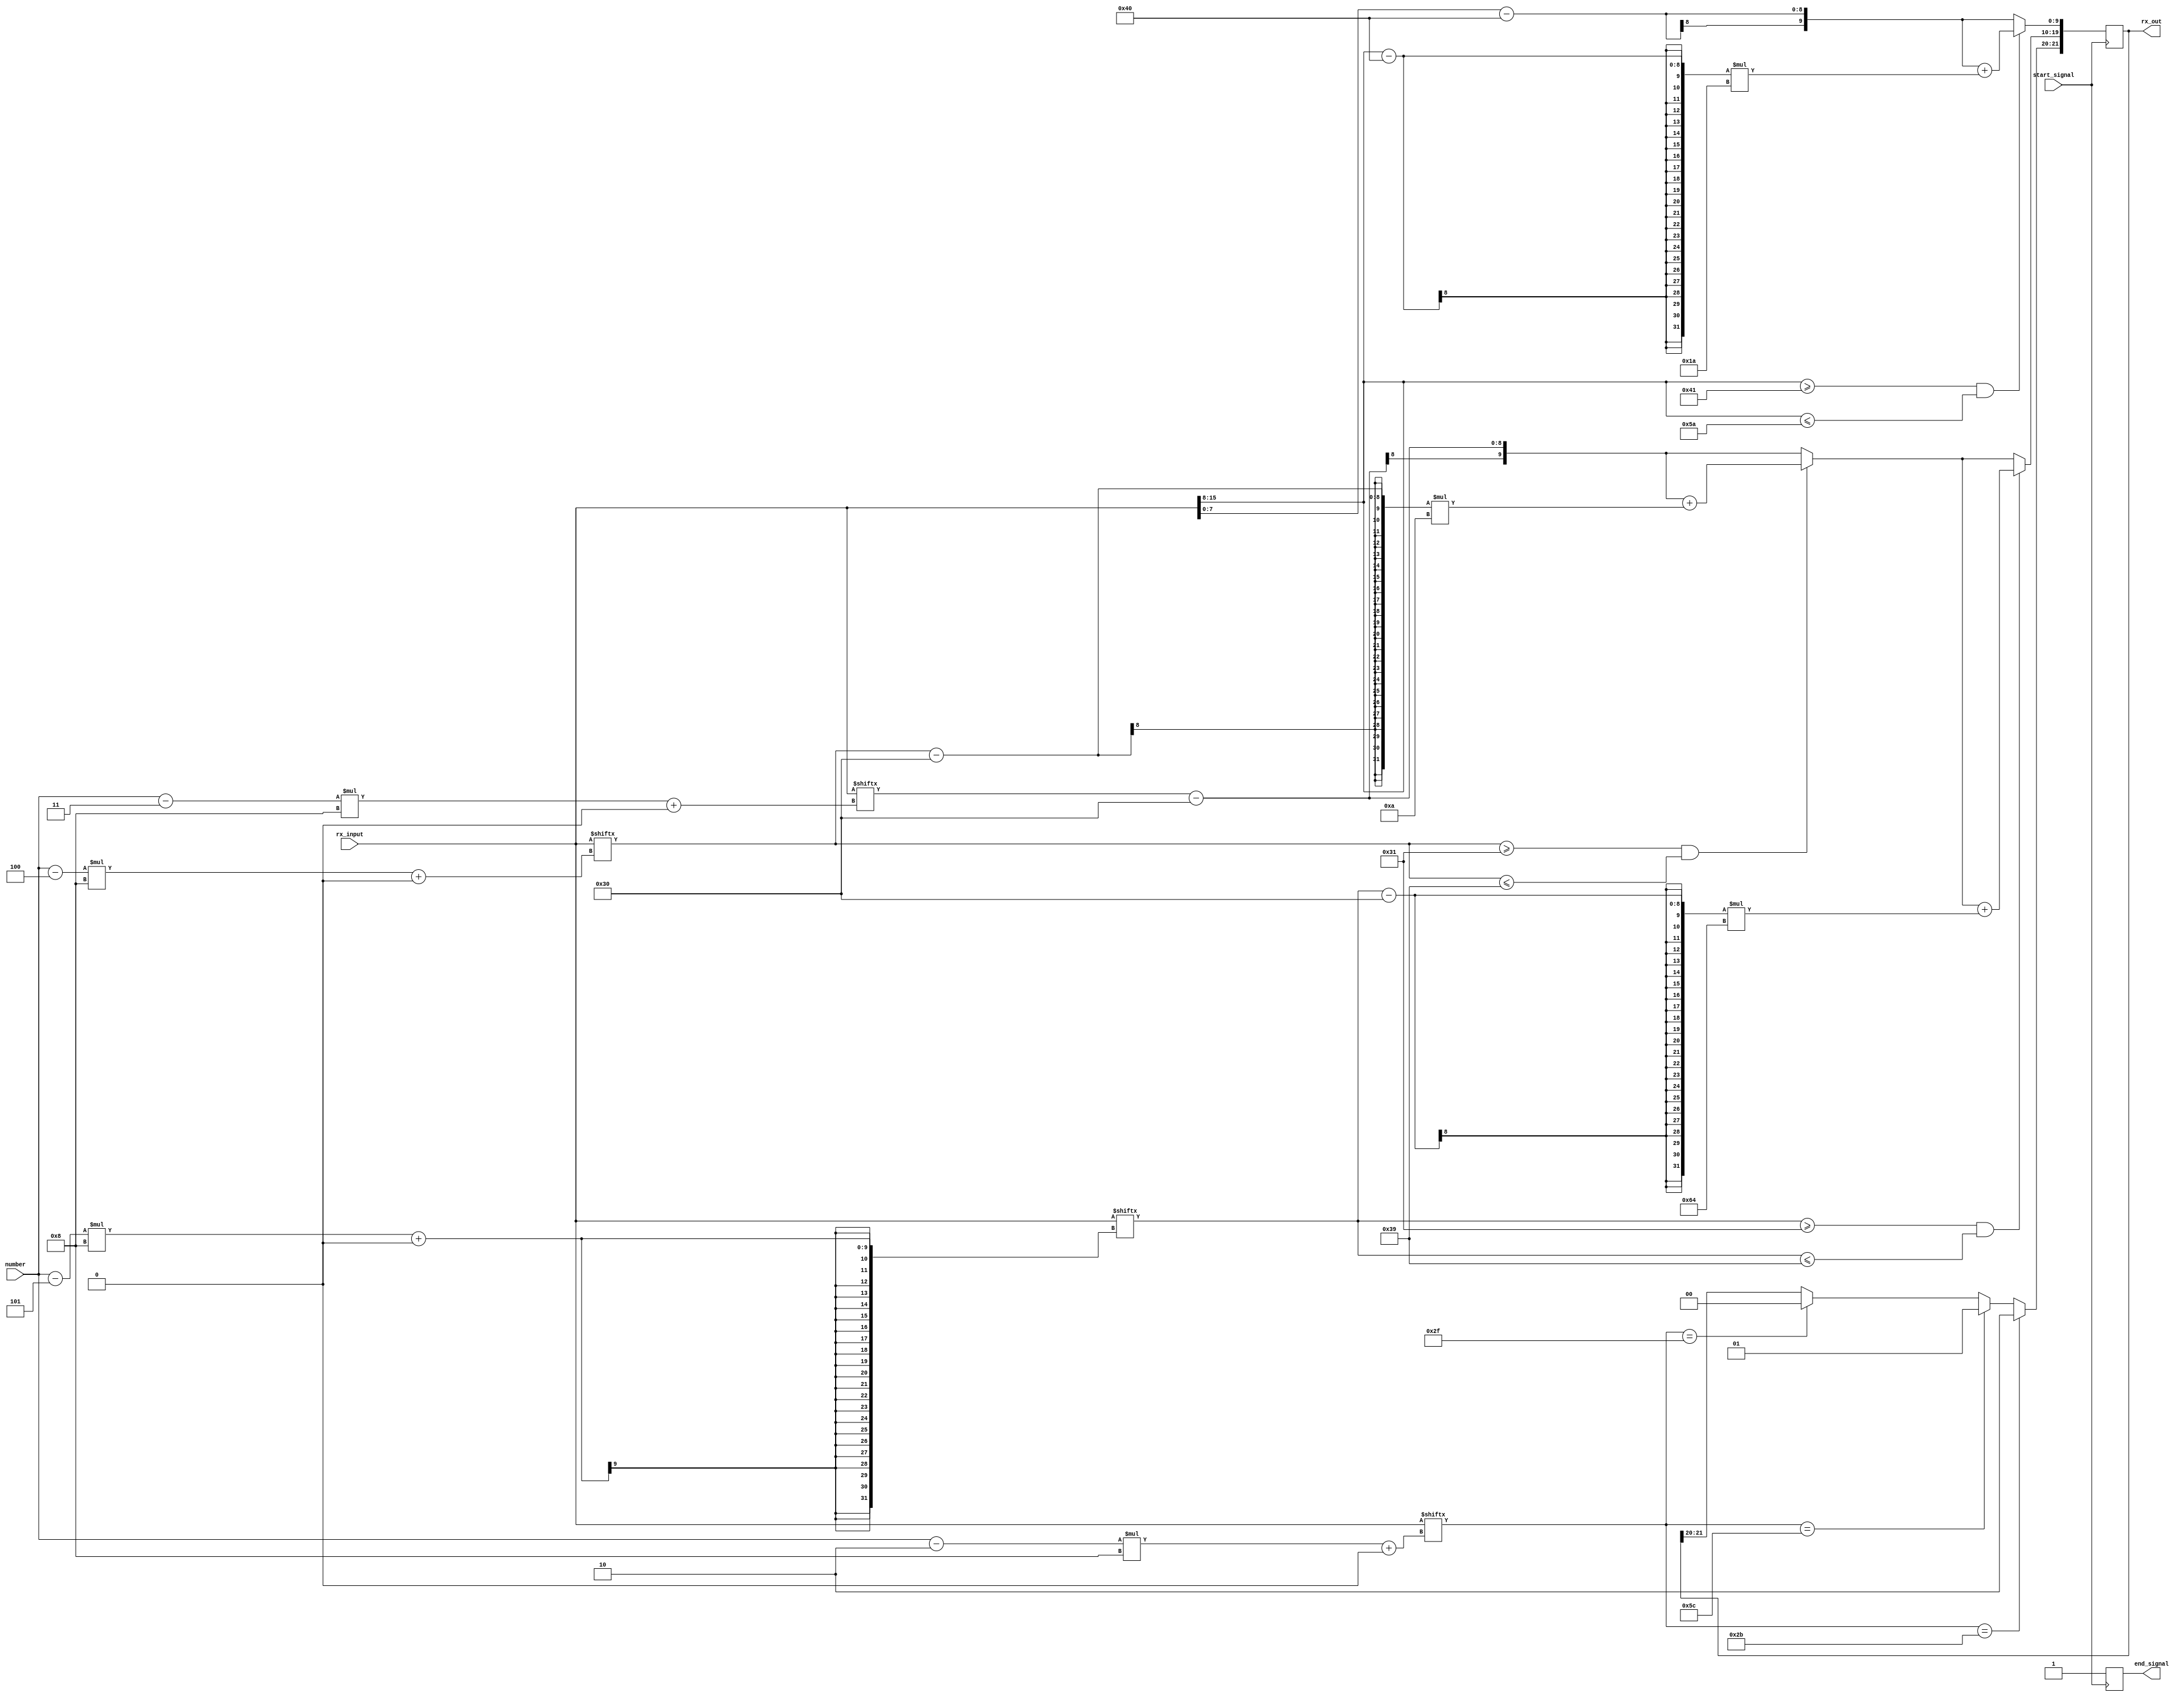
module String_bit(
	input [55:0] 	rx_input,
	input [2:0]	number,
	input 		start_signal,
	output		end_signal,
	output[21:0]	rx_out
	);
reg [55:0]	r_rx_input;
reg [21:0]	r_rx_out = 0;
integer		temp;
integer i = 0;
reg		r_end_signal = 1;
assign end_signal = r_end_signal;
assign rx_out = r_rx_out;
always @(posedge start_signal)
begin
	r_end_signal = 0;
	temp = number;
	r_rx_input = rx_input;
	r_rx_out[9:0] = r_rx_input[7:0] - "@";

	if(r_rx_input[15:8] >= "A" & r_rx_input[15:8] <= "Z")
	begin
		r_rx_out[9:0] = r_rx_out[9:0] + (r_rx_input[15:8] - "@") * 26;
		i = 1; 
	end
	r_rx_out[19:10] = r_rx_input[((temp - 3) * 8)+:8] - "0";
	i = i + 1;
	if(r_rx_input[((temp - 4) * 8)+:8] >= "1" & r_rx_input[((temp - 4) * 8)+:8] <= "9")
	begin
		r_rx_out[19:10] = r_rx_out[19:10] + (r_rx_input[((temp - 4) * 8)+:8] - "0") * 10;
		i = i + 1;
	end
	if(r_rx_input[((temp - 5) * 8)+:8] >= "1" & r_rx_input[((temp - 5) * 8)+:8] <= "9")
	begin
		r_rx_out[19:10] = r_rx_out[19:10] + (r_rx_input[((temp - 5) * 8)+:8] - "0") * 100;
		i = i + 1;
	end
	if(r_rx_input[((temp - 2) * 8)+:8] == "/")
		r_rx_out[21:20] = 0;
	if(r_rx_input[((temp - 2) * 8)+:8] == 8'b01011100)
		r_rx_out[21:20] = 1;
	if(r_rx_input[((temp - 2) * 8)+:8] == "+")
		r_rx_out[21:20] = 2;
	r_end_signal = 1;
end
endmodule